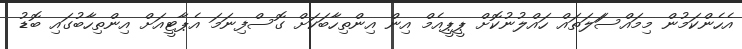
އެހެންކަމުން މިމައްސަަލަތައް ހައްލުނުކޮށް ޕީޕީއެމް އިން އިންތިހާބަކަށް ގޮސްފިނަމަ އެޕާޓީއަށް އިންތިހާބުގައި ބޮޑު